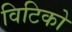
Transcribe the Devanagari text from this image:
विटिको